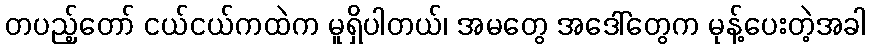
တပည့်တော် ငယ်ငယ်ကထဲက မူရှိပါတယ်၊ အမတွေ အဒေါ်တွေက မုန့်ပေးတဲ့အခါ